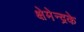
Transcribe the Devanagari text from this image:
क्षेमेन्द्रके